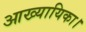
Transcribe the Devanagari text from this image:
आख्यायिका।